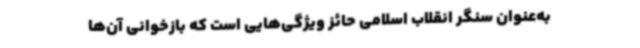
به‌عنوان سنگر انقلاب اسلامی حائز ویژگی‌هایی است که بازخوانی آن‌ها